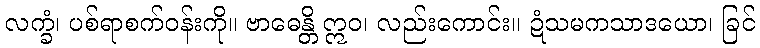
လက္ခံ၊ ပစ်ရာစက်ဝန်းကို။ ဗာဓေန္တိ ဣဝ၊ လည်းကောင်း။ ဍံသမကသာဒယော၊ ခြင်